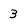
Character: 3